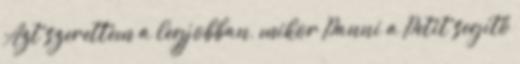
Azt szerettem a legjobban, mikor Panni a Petit segítő